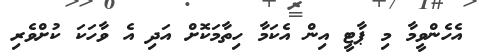
އެހެންވީމާ މި ޕާޓީ އިން އެކަމާ ހިތާމަކޮށް އަދި އެ ވާހަކަ ކުށްވެރި